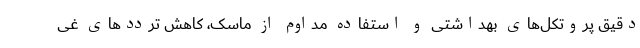
دقیق پروتکل‌های بهداشتی و استفاده مداوم از ماسک، کاهش تردد‌های غی